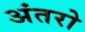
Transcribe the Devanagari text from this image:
अंतरो